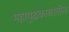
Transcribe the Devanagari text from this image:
महायुद्धकाळातील